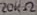
Text: 20KΩ